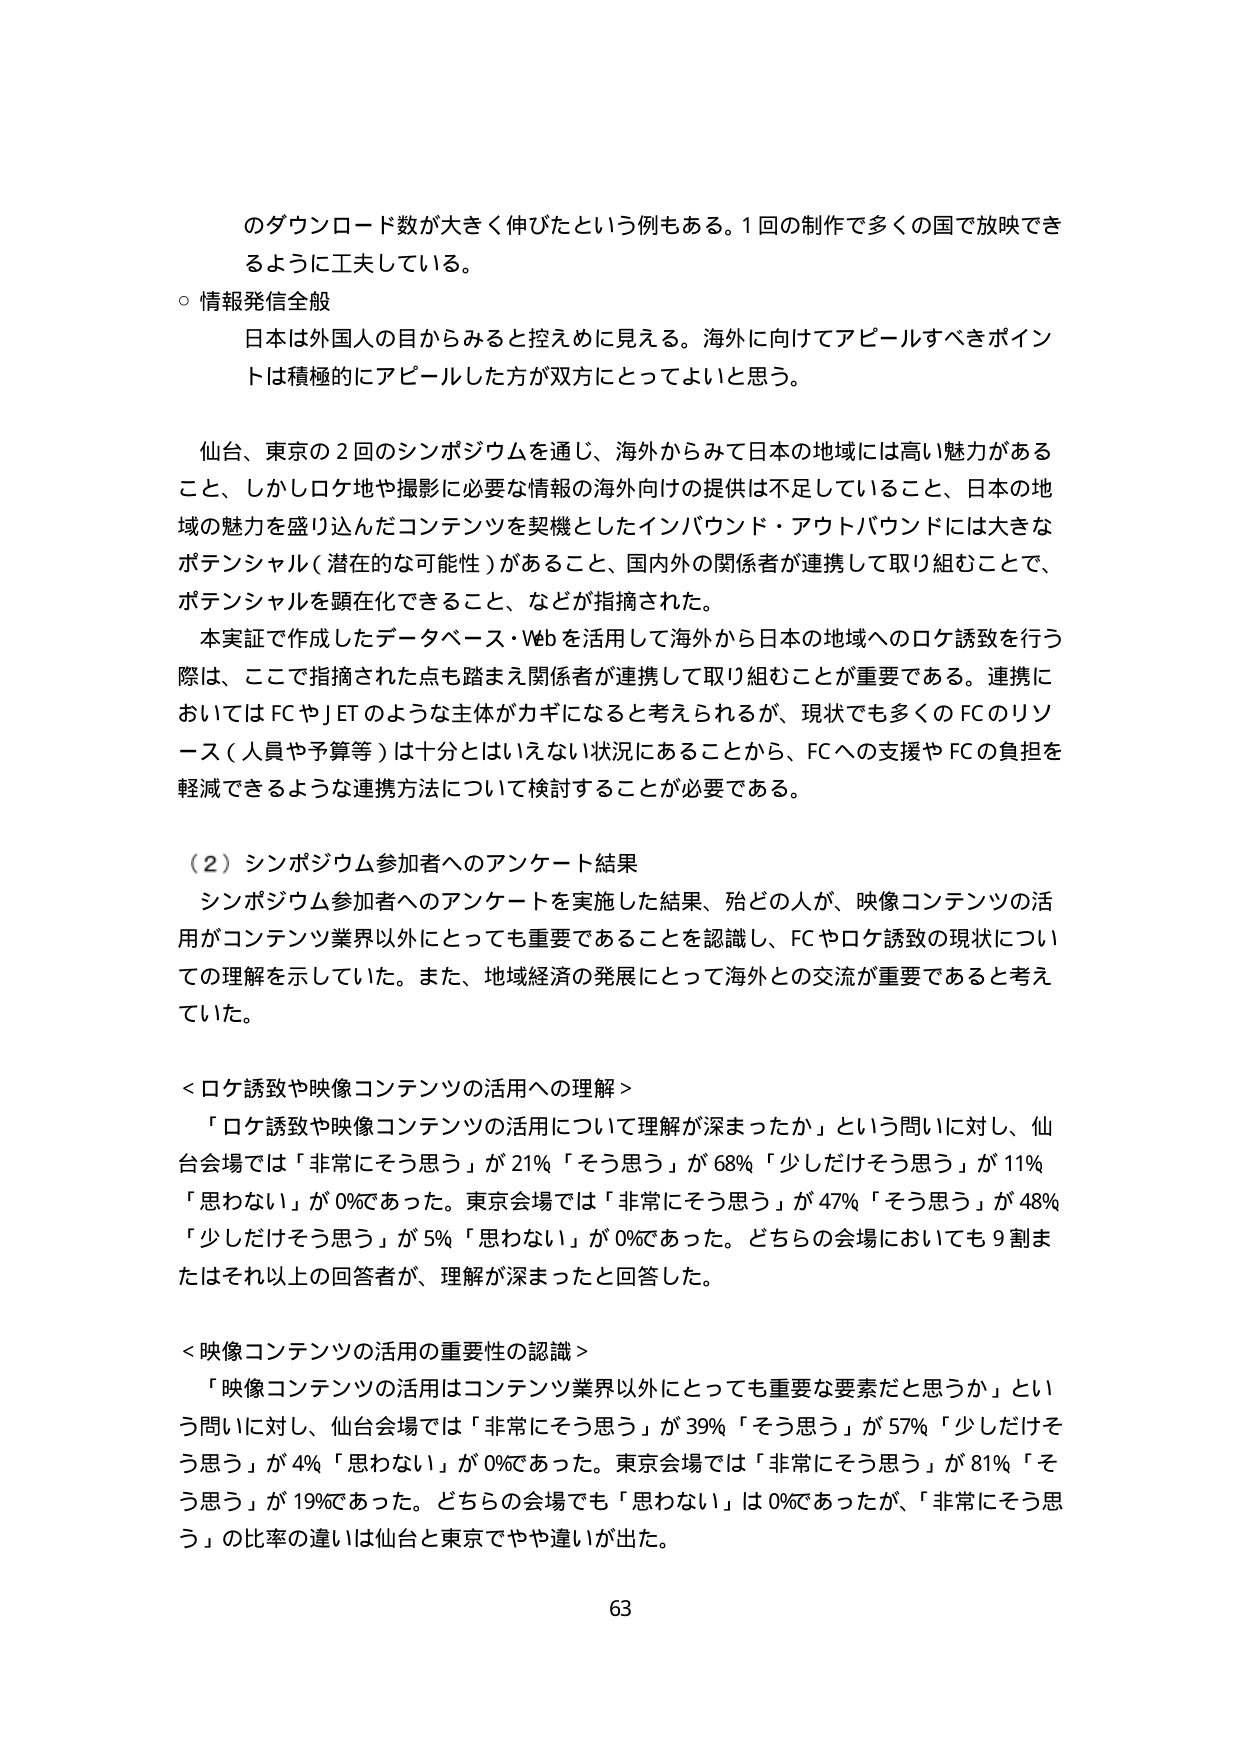
のダウンロード数が大きく伸びたという例もある。1回の制作で多くの国で放映できるように工夫している。

○ 情報発信全般
日本は外国人の目からみると控えめに見える。海外に向けてアピールすべきポイントは積極的にアピールした方が双方にとってよいと思う。

仙台、東京の2回のシンポジウムを通じ、海外からみて日本の地域には高い魅力があること、しかしロケ地や撮影に必要な情報の海外向けの提供は不足していること、日本の地域の魅力を盛り込んだコンテンツを契機としたインバウンド・アウトバウンドには大きなポテンシャル（潜在的な可能性）があること、国内外の関係者が連携して取り組むことで、ポテンシャルを顕在化できること、などが指摘された。

本実証で作成したデータベース・Webを活用して海外から日本の地域へのロケ誘致を行う際は、ここで指摘された点も踏まえ関係者が連携して取り組むことが重要である。連携においてはFCやJTのような主体がカギになると考えられるが、現状でも多くのFCのリソース（人員や予算等）は十分とはいえない状況にあることから、FCへの支援やFCの負担を軽減できるような連携方法について検討することが必要である。

（2）シンポジウム参加者へのアンケート結果
シンポジウム参加者へのアンケートを実施した結果、殆どの人が、映像コンテンツの活用がコンテンツ業界以外にとっても重要であることを認識し、FCやロケ誘致の現状についての理解を示していた。また、地域経済の発展にとって海外との交流が重要であると考えていた。

＜ロケ誘致や映像コンテンツの活用への理解＞
「ロケ誘致や映像コンテンツの活用について理解が深まったか」という問いに対し、仙台会場では「非常にそう思う」が21％「そう思う」が68％「少しだけそう思う」が11％「思わない」が0％であった。東京会場では「非常にそう思う」が47％「そう思う」が48％「少しだけそう思う」が5％「思わない」が0％であった。どちらの会場においても9割またはそれ以上の回答者が、理解が深まったと回答した。

＜映像コンテンツの活用の重要性の認識＞
「映像コンテンツの活用はコンテンツ業界以外にとっても重要な要素だと思うか」という問いに対し、仙台会場では「非常にそう思う」が39％「そう思う」が57％「少しだけそう思う」が4％「思わない」が0％であった。東京会場では「非常にそう思う」が81％「そう思う」が19％であった。どちらの会場でも「思わない」は0％であったが、「非常にそう思う」の比率の違いは仙台と東京でやや違いが出た。

63